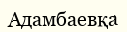
Адамбаевқа